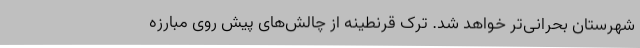
شهرستان بحرانی‌تر خواهد شد. ترک قرنطینه از چالش‌های پیش ‌روی مبارزه